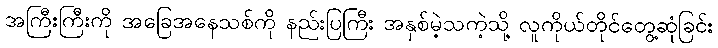
အကြီးကြီးကို အခြေအနေသစ်ကို နည်းပြကြီး အနှစ်မဲ့သကဲ့သို့ လူကိုယ်တိုင်တွေ့ဆုံခြင်း